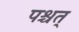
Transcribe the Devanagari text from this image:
पश्चत्